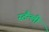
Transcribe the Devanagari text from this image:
स्टैंन्ली